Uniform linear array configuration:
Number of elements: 12
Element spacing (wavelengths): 0.5
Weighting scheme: hamming
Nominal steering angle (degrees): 60
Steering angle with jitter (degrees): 58.584
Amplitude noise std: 0.05
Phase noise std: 0.05

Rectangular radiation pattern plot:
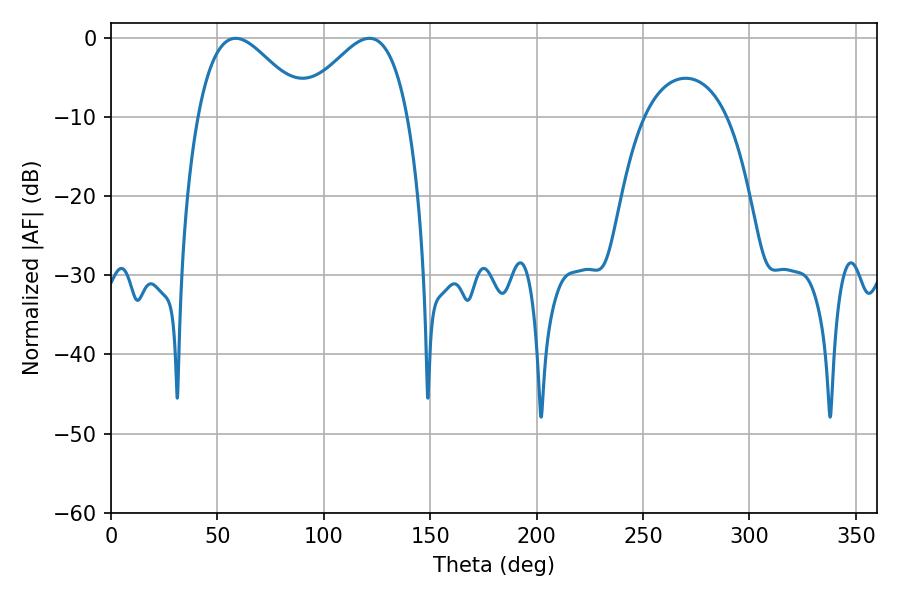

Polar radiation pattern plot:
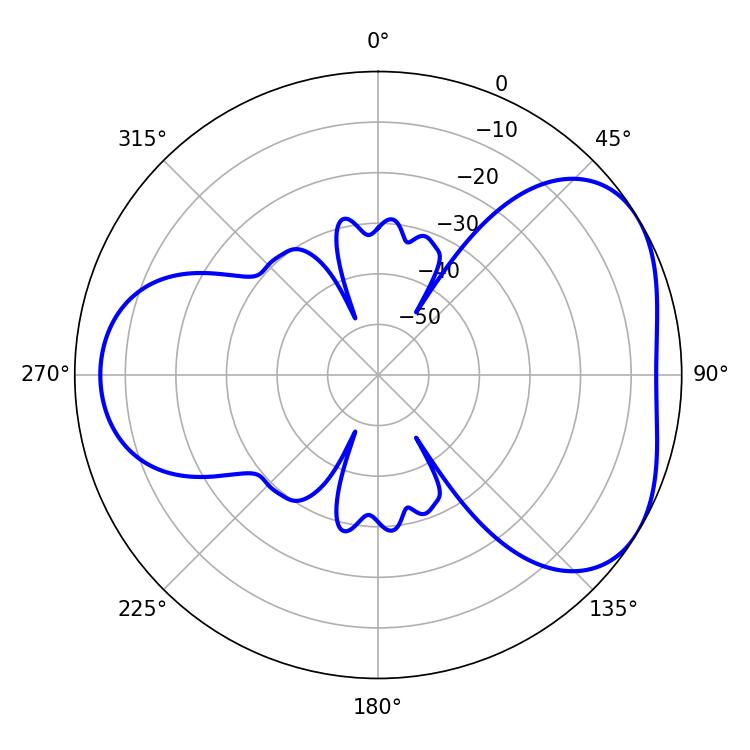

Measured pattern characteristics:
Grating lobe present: FALSE
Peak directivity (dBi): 4.352
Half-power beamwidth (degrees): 27.36
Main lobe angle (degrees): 58.5